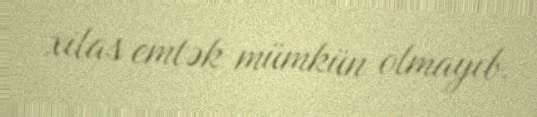
xilas emtək mümkün olmayıb.